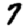
Digit: 7